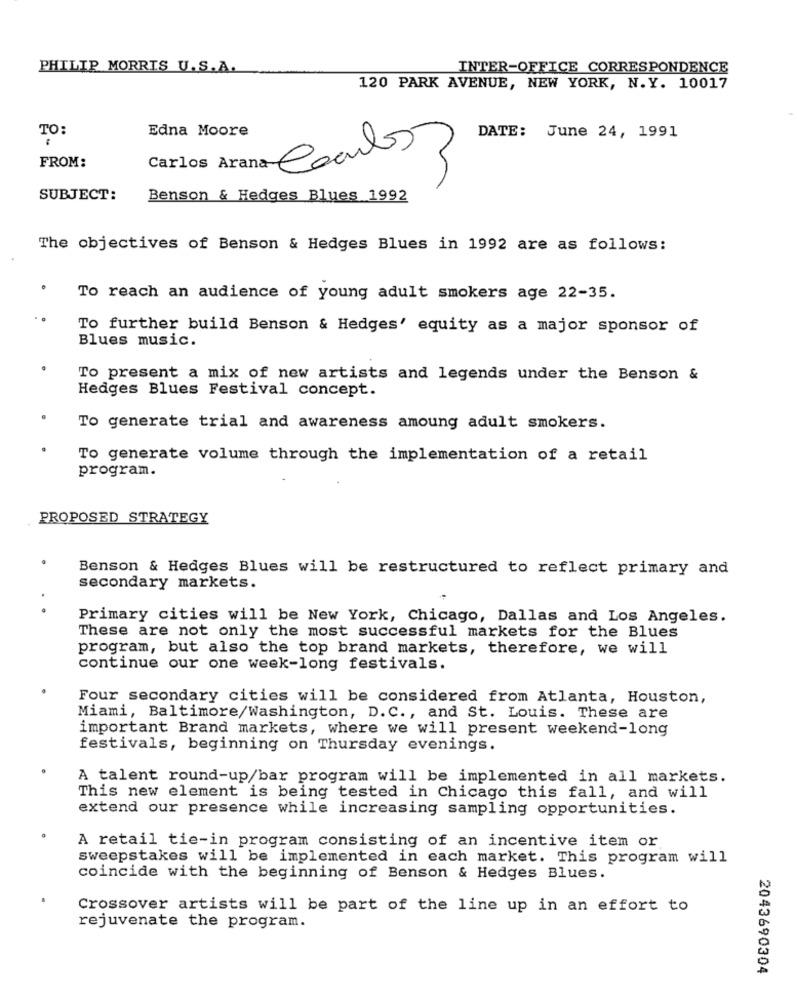
PHILIP MORRIS U.S.A.
INTER-OFFICE CORRESPONDENCE
120 PARK AVENUE, NEW YORK, N.Y. 10017
TO:
Edna Moore
DATE: June 24, 1991
FROM:
Carlos 3
SUBJECT:
Benson & Hedges Blues 1992
The objectives of Benson & Hedges Blues in 1992 are as follows:
To reach an audience of young adult smokers age 22-35.
To further build Benson & Hedges' equity as a major sponsor of
Blues music.
To present a mix of new artists and legends under the Benson &
Hedges Blues Festival concept.
To generate trial and awareness amoung adult smokers.
To generate volume through the implementation of a retail
program.
PROPOSED STRATEGY
Benson & Hedges Blues will be restructured to reflect primary and
secondary markets.
..
Primary cities will be New York, Chicago, Dallas and Los Angeles.
These are not only the most successful markets for the Blues
program, but also the top brand markets, therefore, we will
continue our one week-long festivals.
Four secondary cities will be considered from Atlanta, Houston,
Miami, Baltimore/Washington, D.C ., and St. Louis. These are
important Brand markets, where we will present weekend-long
festivals, beginning on Thursday evenings.
A talent round-up/bar program will be implemented in all markets.
This new element is being tested in Chicago this fall, and will
extend our presence while increasing sampling opportunities.
A retail tie-in program consisting of an incentive item or
sweepstakes will be implemented in each market. This program will
coincide with the beginning of Benson & Hedges Blues.
Crossover artists will be part of the line up in an effort to
rejuvenate the program.
2043690304